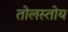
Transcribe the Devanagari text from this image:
तोलस्तोय